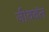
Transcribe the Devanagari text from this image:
जीववंत